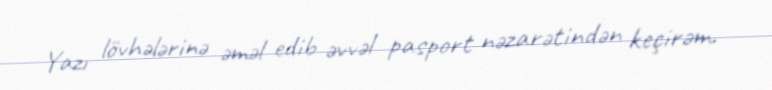
Yazı lövhələrinə əməl edib əvvəl pasport nəzarətindən keçirəm.